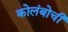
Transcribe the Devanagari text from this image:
कोलंबोची